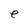
Character: e